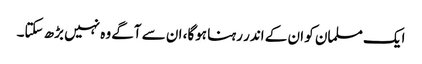
ایک مسلمان کو ان کے اندر رہنا ہوگا، ان سے آگے وہ نہیں بڑھ سکتا۔